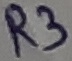
Text: R3